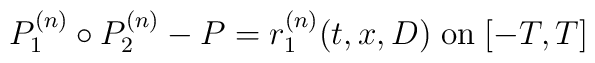
P_1^{(n)}\circ P_2^{(n)}-P=r_1^{(n)}(t,x,D)\;\mbox{on}\;[-T,T]